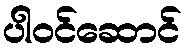
ပါဝင်ဆောင်